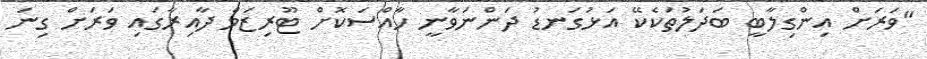
"ވަރަށް އިންގިލާބީ ބަދަލުތަކެކޭ އަޅުގަނޑު ދަންނަވާނީ ހާއްސަކޮށް ޓޫރިޒަމް ދާއިރާގައި ވަަރަށް ގިނަ